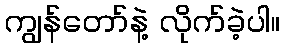
ကျွန်တော်နဲ့ လိုက်ခဲ့ပါ။